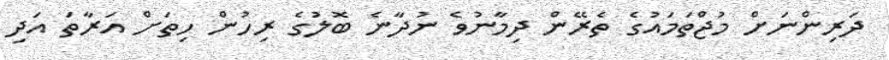
ދަރިންނަށް މުޖްތަމައުގެ ތެރޭން ދިމާނުވެ ނުދާނެ ބޮލުގެ ރިހުން ހިތަށް އަރާތަ އަދި